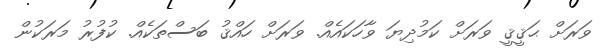
ވަރަށް ޙަޤީޤީ ވަރަށް ކަމުދިޔަ ވާހަކައެއް. ވަރަށް ހައްޤު ބަސްތަކެއް. ކުފުރު މަރަކުން